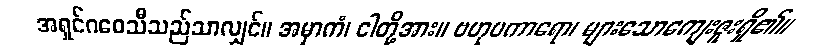
အရှင်ဂဝေသီသည်သာလျှင်။ အမှာကံ၊ ငါတို့အား။ ဗဟုပကာရော၊ များသောကျေးဇူးရှိ၏။